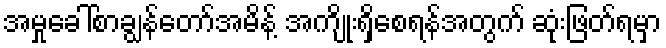
အမှုခေါ်စာချွန်တော်အမိန့် အကျိုးရှိစေရန်အတွက် ဆုံးဖြတ်ရမှာ